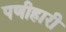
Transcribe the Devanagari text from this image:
पणीहारी